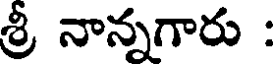
శ్రీ నాన్నగారు :